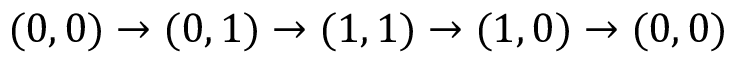
( 0 , 0 ) \rightarrow ( 0 , 1 ) \rightarrow ( 1 , 1 ) \rightarrow ( 1 , 0 ) \rightarrow ( 0 , 0 )